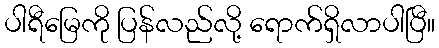
ပါရီမြေကို ပြန်လည်လို့ ရောက်ရှိလာပါပြီ။